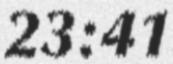
23:41